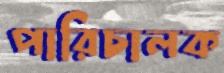
পারিচালক